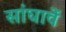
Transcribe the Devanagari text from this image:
सांघावें